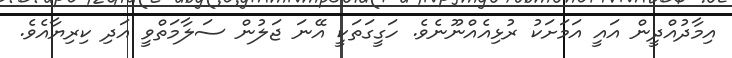
އިމާދުއްދީން އައީ އަމަށަކު ރުޅިއެއްނޫނެވެ. ހަގީގަތަކީ އޭނަ ޖަލުން ސަލާމަތްވީ އަދި ކިރިޔާއެވެ.